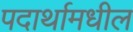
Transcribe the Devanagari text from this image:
पदार्थामधील